Vaccination Hyderabad 1872-1889 - 1872-1889
Year: 1872
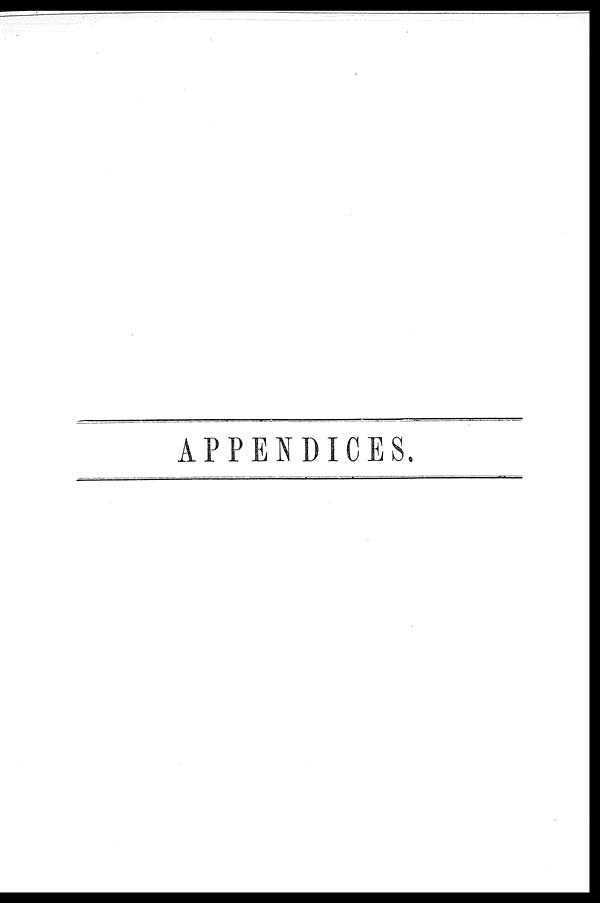
APPENDICES.